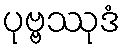
ပုဗ္ဗဿုဒံ